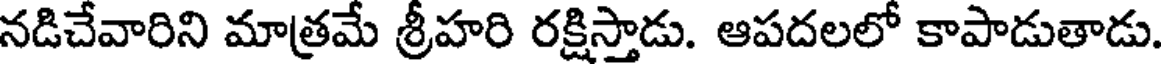
నడిచేవారిని మాత్రమే శ్రీహరి రక్షిస్తాడు. ఆపదలలో కాపాడుతాడు.